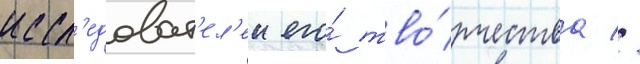
иссл'едоват'ел'еи его́ тво́рчества //